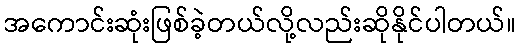
အကောင်းဆုံးဖြစ်ခဲ့တယ်လို့လည်းဆိုနိုင်ပါတယ်။